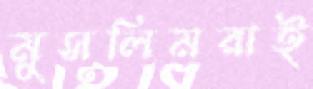
মুসলিমরাই